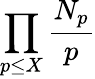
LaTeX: \prod_{p\leq X}{\frac{N_{p}}{p}}